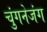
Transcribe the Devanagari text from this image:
चुंगनेजंग